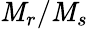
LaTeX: \mathit{M}_{r}/\mathit{M}_{s}